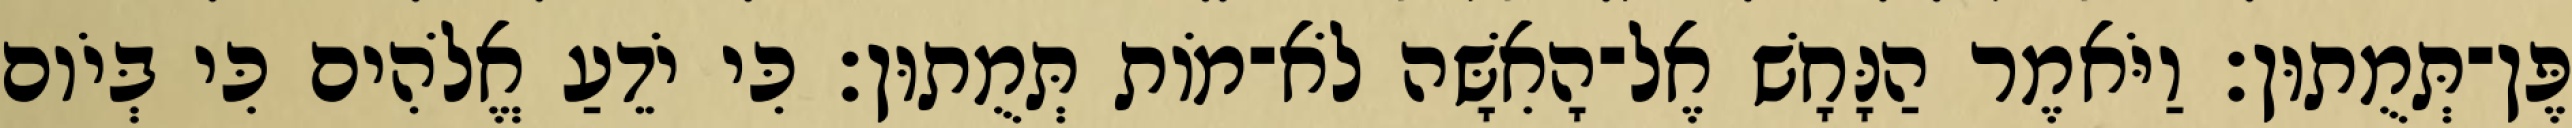
פֶּן־תְּמֻתוּן׃ וַיֹּאמֶר הַנָּחָשׁ אֶל־הָאִשָּׁה לֹא־מֹות תְּמֻתוּן׃ כִּי יֹדֵעַ אֱלֹהִים כִּי בְּיֹום